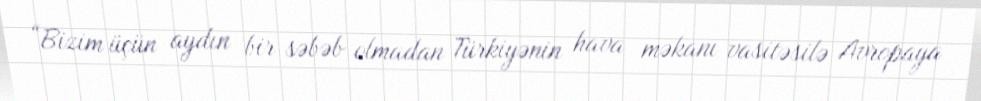
“Bizim üçün aydın bir səbəb olmadan Türkiyənin hava məkanı vasitəsilə Avropaya